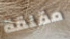
مقلقة